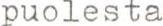
puolesta